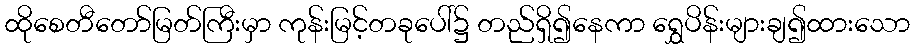
ထိုစေတီတော်မြတ်ကြီးမှာ ကုန်းမြင့်တခုပေါ်၌ တည်ရှိ၍နေကာ ရွှေပိန်းများချ၍ထားသော